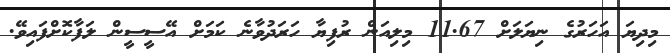
މިދިޔަ އަހަރުގެ ނިޔަލަށް 11.67 މިލިއަން ރުފިޔާ ހަރަދުވާނެ ކަމަށް އޭސީސީން ލަފާކޮށްފައިވޭ.